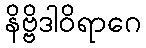
နိဗ္ဗိဒါဝိရာဂေ